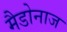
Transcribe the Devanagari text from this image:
मैडोनाज